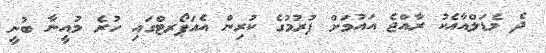
ދެ މެޑަލްއާއެކު ރާއްޖެ އައުމަށް ފުރުމުގެ ކުރިން އެއަޕޯރޓްގައި ހުރެ މުއީނާ ބުނީ